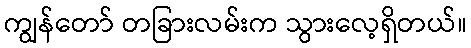
ကျွန်တော် တခြားလမ်းက သွားလေ့ရှိတယ်။